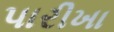
પારીખા